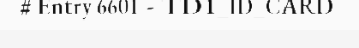
# Entry 6601 - TD1_ID_CARD